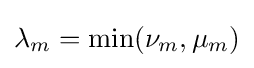
\lambda _{m}=\min(\nu _{m},\mu _{m})